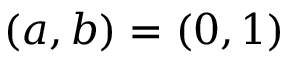
( a , b ) = ( 0 , 1 )